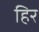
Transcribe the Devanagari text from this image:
हिर